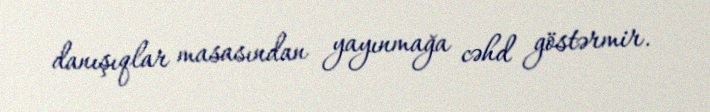
danışıqlar masasından yayınmağa cəhd göstərmir.